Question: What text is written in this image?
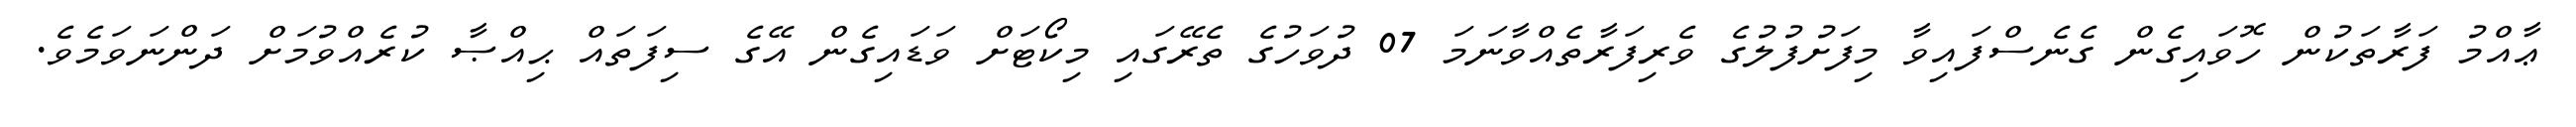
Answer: ޢާއްމު ފަރާތަކުން ހޮވައިގެން ގެނެސްފައިވާ މިފަށުފުލުގެ ވެރިފަރާތެއްވާނަމަ 07 ދުވަހުގެ ތެރޭގައި މިކޯޓަށް ވަޑައިގެން އޭގެ ސިފަތައް ޙިއްޞާ ކުރެއްވުމަށް ދަންނަވަމެވެ.